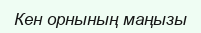
Кен орнының маңызы